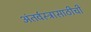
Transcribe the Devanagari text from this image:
अंतर्वस्त्रासाठीची